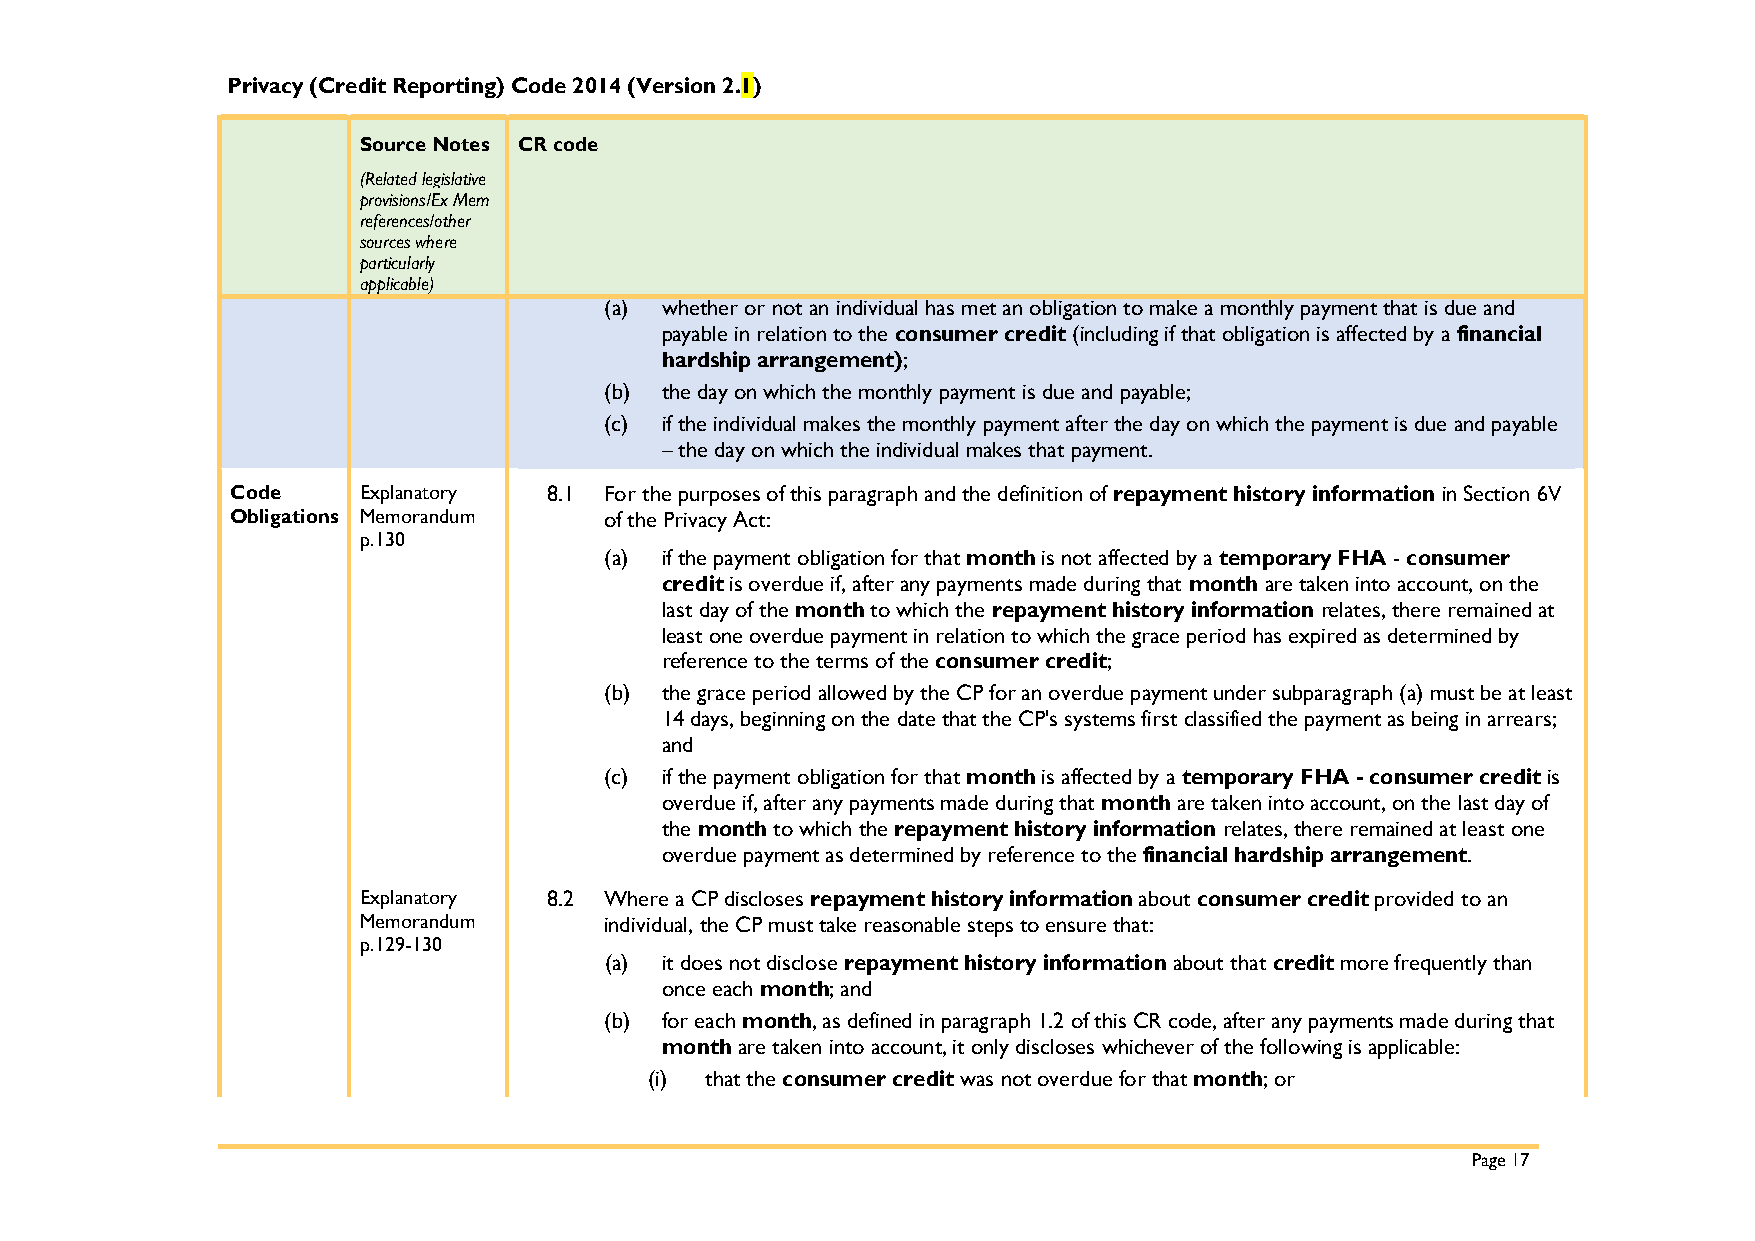
Privacy (Credit Reporting) Code 2014 (Version 2.1)
 Source Notes CR code
 (Related legislative
 provisions/Ex Mem
 references/other
 sources where
 particularly
 applicable)
 (a) whether or not an individual has met an obligation to make a monthly payment that is due and
 payable in relation to the consumer credit (including if that obligation is affected by a financial
 hardship arrangement);
 (b) the day on which the monthly payment is due and payable;
 (c) if the individual makes the monthly payment after the day on which the payment is due and payable
 – the day on which the individual makes that payment.
 Code     Explanatory 8.1 For the purposes of this paragraph and the definition of repayment history information in Section 6V
 Obligations Memorandum   of the Privacy Act:
 p.130
 (a) if the payment obligation for that month is not affected by a temporary FHA - consumer
 credit is overdue if, after any payments made during that month are taken into account, on the
 last day of the month to which the repayment history information relates, there remained at
 least one overdue payment in relation to which the grace period has expired as determined by
 reference to the terms of the consumer credit;
 (b) the grace period allowed by the CP for an overdue payment under subparagraph (a) must be at least
 14 days, beginning on the date that the CP's systems first classified the payment as being in arrears;
 and
 (c) if the payment obligation for that month is affected by a temporary FHA - consumer credit is
 overdue if, after any payments made during that month are taken into account, on the last day of
 the month to which the repayment history information relates, there remained at least one
 overdue payment as determined by reference to the financial hardship arrangement.
 Explanatory 8.2 Where a CP discloses repayment history information about consumer credit provided to an
 Memorandum      individual, the CP must take reasonable steps to ensure that:
 p.129-130
 (a) it does not disclose repayment history information about that credit more frequently than
 once each month; and
 (b) for each month, as defined in paragraph 1.2 of this CR code, after any payments made during that
 month are taken into account, it only discloses whichever of the following is applicable:
 (i) that the consumer credit was not overdue for that month; or
 Page 17